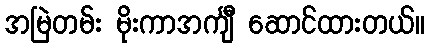
အမြဲတမ်း မိုးကာအင်္ကျီ ဆောင်ထားတယ်။